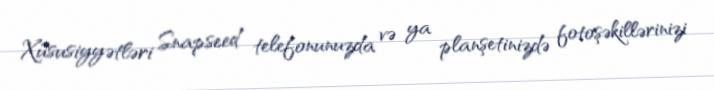
Xüsusiyyətləri Snapseed telefonunuzda və ya planşetinizdə fotoşəkillərinizi